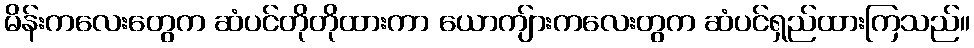
မိန်းကလေးတွေက ဆံပင်တိုတိုထားကာ ယောကျ်ားကလေးတွက ဆံပင်ရှည်ထားကြသည်။